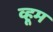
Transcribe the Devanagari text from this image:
व्हूम